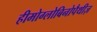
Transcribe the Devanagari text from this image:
हीमोग्लोबिनोपैथीज़